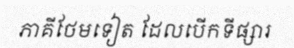
ភាគីថែមទៀត ដែលបើកទីផ្សារ